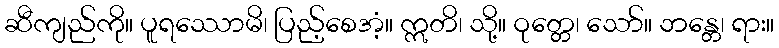
ဆီကျည်ကို။ ပူရဿောမိ၊ ပြည့်စေအံ့။ ဣတိ၊ သို့။ ဝုတ္တေ၊ သော်။ ဘန္တေ၊ ရား။